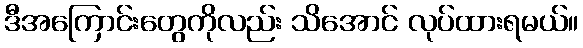
ဒီအကြောင်းတွေကိုလည်း သိအောင် လုပ်ထားရမယ်။